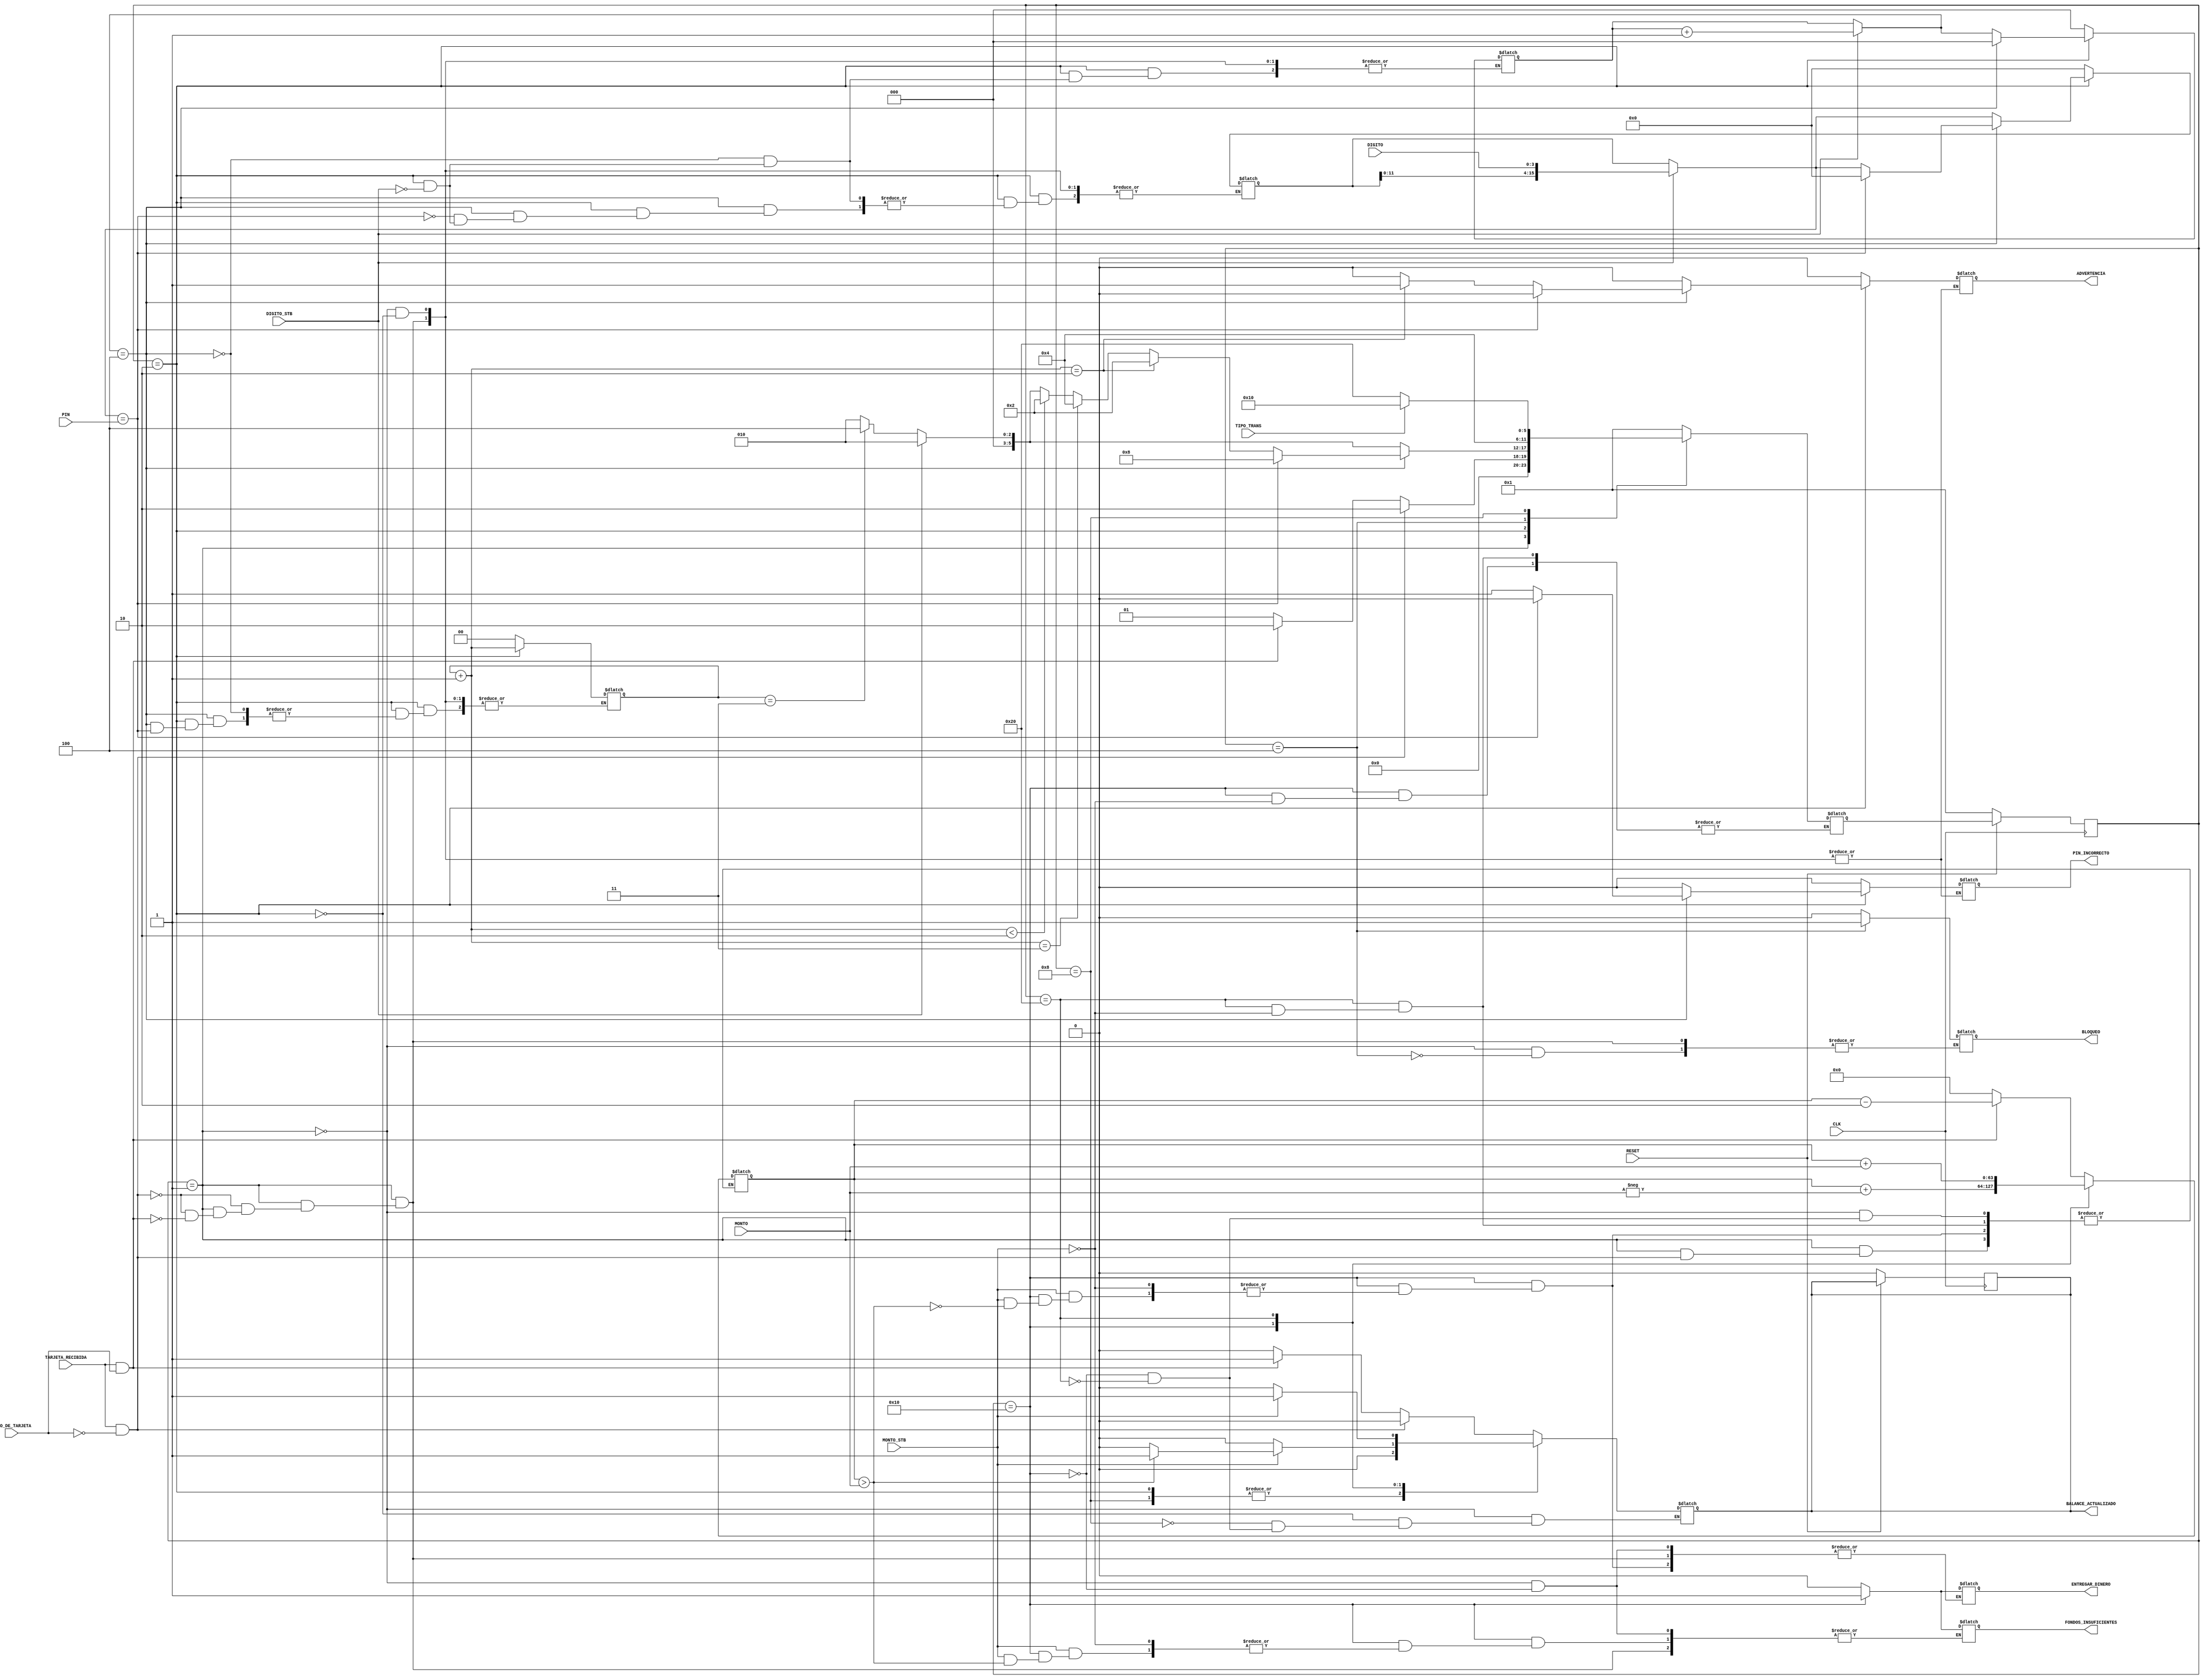
// Declaracin del mdulo y parmetros
module atm //#()
	    (    
	    CLK,
	    RESET,
	    TARJETA_RECIBIDA,
		TIPO_DE_TARJETA,
	    PIN,
	    DIGITO,
	    DIGITO_STB,
	    TIPO_TRANS,
	    MONTO,
	    MONTO_STB,
	    BALANCE_ACTUALIZADO,
	    ENTREGAR_DINERO,
	    FONDOS_INSUFICIENTES,
	    PIN_INCORRECTO,
	    ADVERTENCIA,
	    BLOQUEO
    	    );

// Declaracin de entradas y salidas
input
	CLK,
	RESET,
	TARJETA_RECIBIDA,
	TIPO_DE_TARJETA,
	DIGITO_STB,
	TIPO_TRANS,
	MONTO_STB;
input [15:0] PIN;
input [3:0] DIGITO;
input [31:0] MONTO;

output	reg // Todas las salidas son binarias
	BALANCE_ACTUALIZADO,
	ENTREGAR_DINERO,
	FONDOS_INSUFICIENTES,
	PIN_INCORRECTO,
	ADVERTENCIA,
	BLOQUEO;

// Declaracin de roles para entradas
wire
	CLK,
	RESET,
	TARJETA_RECIBIDA,
	TIPO_DE_TARJETA,
	DIGITO_STB,	// Ser 1 cada vez que se ingrese el monto
	TIPO_TRANS,
	MONTO_STB;	// Ser 1 cada vez que se ingrese un dgito
wire [15:0] PIN;	// Pin correcto dado por la tarjeta
wire [3:0] DIGITO;	// La entrada de dgito es voltil
wire [31:0] MONTO;	// Cantidad a operar en la transaccin




// Declaracin de variables internas
reg [63:0] BALANCE;	// Dinero en la cuenta
reg [1:0] Intentos_PIN;	// Contador de intentos fallidos para verificar la tarjeta
reg [2:0] Contador_PIN;	// Contador de dgitos del pin ingresados al sistema
reg [15:0] PIN_usuario;	// Ping tentativo que digita el usuario

// Declaracin de vectores de estados
reg [5:0] estado_actual;
reg [5:0] prox_estado;

// Definir todos los flip flops
// Se encarga de pasar del estado actual al estado siguiente
always @(posedge CLK) begin
	// La seal de reinicio funciona invertida, si RESET == 1,
	// el cajero funciona bien, caso contrario pasa al estado
	// 6'b000001
	if (~RESET) begin
		estado_actual	<=	6'b000001;
		BALANCE_ACTUALIZADO <= 0;

	end else begin
		estado_actual  	<=	prox_estado;
	end
end



// Lgica combinacional que se encarga
// de la transicin de estados
// El bloque crea flip flops, se usan
// asignaciones no bloqueantes, salvo
// para prox_estado porque esa seal
// se actualiza cada ciclo de reloj
// y ah se usan asignaciones no 
// bloqueantes
always @(*) begin
	case (estado_actual)
		// Estado 0: Esperando tarjeta
		6'b000001:
		begin
			// Se evala si se ingres la tarjeta para pasar
			// o no de estado
			if (TARJETA_RECIBIDA == 1 && TIPO_DE_TARJETA == 0) begin
				// Se ingresa una tarjeta y esta es del bcr
				BALANCE_ACTUALIZADO	=	0;
				ENTREGAR_DINERO		=	0;
				FONDOS_INSUFICIENTES	=	0;
				PIN_INCORRECTO		=	0;
				ADVERTENCIA		=	0;
				BLOQUEO			=	0;
				PIN_usuario		=	0;
				Contador_PIN		=	3'b0;
				Intentos_PIN		=	2'b00;
				// Finalmente, se pasa al estado
				prox_estado	=	6'b000010;

			end else if (TARJETA_RECIBIDA == 1 && TIPO_DE_TARJETA == 1)begin
				// Se recibe una tarjeta de otro banco
				//BALANCE_ACTUALIZADO	=	0;
				ENTREGAR_DINERO		=	0;
				FONDOS_INSUFICIENTES	=	0;
				PIN_INCORRECTO		=	0;
				ADVERTENCIA		=	0;
				BLOQUEO			=	0;
				PIN_usuario		=	0;
				Contador_PIN		=  3'b0;
				Intentos_PIN		=	2'b00;
				//se cobra la comisin
				BALANCE = BALANCE - 2;
				BALANCE_ACTUALIZADO = 1;
				//se pasa al prximo estado
				prox_estado = 6'b000010;
				//prox_estado	=	6'b000001;
				//BALANCE		<=	'0;
			end else begin
				//no hay tarjeta y se queda esperando que se ingrese una
				prox_estado	=	6'b000001;
				BALANCE		=	0;
				BALANCE_ACTUALIZADO = 0;
			end
		end

		// Estado 1: Esperando PIN
		6'b000010:
		begin

			// Se empieza por ingresar el PIN dgito a dgito
			PIN_INCORRECTO = 0;
			ADVERTENCIA = 0;
			BALANCE_ACTUALIZADO = 0;
			if (DIGITO_STB) begin
				// Se concatenan los ltimos dgitos del PIN
				PIN_usuario = {PIN_usuario, DIGITO}; 
				Contador_PIN = Contador_PIN + 1; // Contador_PIN++
				prox_estado = 6'b000010; //sigue esperando el pin
			end else begin
				// Mientras DIGITO_STB est en cero, se
				// mantiene esperando el ingreso
				
				if (Intentos_PIN == 3) begin
					prox_estado = 6'b000100;
				end else prox_estado = 6'b000010;
			end
			
			// Se verifica si la cantidad de dgitos ingresados es
			// 4
			if (Contador_PIN == 4) begin
				// Si hay 4 dgitos, se pasa a verificar si es
				// vlido o no
				if (PIN_usuario == PIN) begin
					// Se borra el pin ingresado
					PIN_usuario = 0;
					Contador_PIN = 0; // Reinicia el contador
					prox_estado = 6'b001000;
				end else begin
					Contador_PIN = 0; // Reinicia el contador
					Intentos_PIN = Intentos_PIN + 1;
					PIN_INCORRECTO = 1;
					//cuenta los intentos en caso de que haya ms de uno,
					//cuando se llega a 2 se despliega la primera advertencia
					if (Intentos_PIN < 2) begin
						prox_estado = 6'b000010;
					end

					if (Intentos_PIN == 2) begin
						ADVERTENCIA = 1;
						prox_estado = 6'b000010;
					end else if (Intentos_PIN == 3) begin
						prox_estado = 6'b000100;
					end 
				end
			end else begin
				// Si hay menos de 4 dgitos ingresados, se
				// mantiene esperando los dems
				prox_estado = prox_estado;
			end
		end
		// Estado 2: Bloqueado
		6'b000100:
		begin
			// Cuando se bloquea,se mantiene bloqueado
			BLOQUEO = 1;
			prox_estado = 6'b000100;
		end
		// Estado 3: Usuario identificado
		6'b001000:
		begin
			BALANCE_ACTUALIZADO = 0;
			// Con el usuario identificado, se pasa a esperar qu
			// tipo de transaccin se desea y se pasa a ella
			if (TIPO_TRANS) begin
				// Se pasa a retiro cuando se ingresa un 1
				prox_estado = 6'b010000;
			end else begin
				// Si se ingresa un 0, se pasa a depsito
				prox_estado = 6'b100000;
			end

		end
		// Estado 4: Retiro: retira dinero del balance, verifica si el
		// monto ingresado es menor al balance de la cuenta
		6'b010000:
		begin
			BALANCE_ACTUALIZADO = 0;
			if (MONTO_STB) begin
				if (BALANCE > MONTO) begin
					//esto sucede cuando el balance es mayor al monto a retirar
					BALANCE = BALANCE + -MONTO;
					BALANCE_ACTUALIZADO = 1;
					ENTREGAR_DINERO = 1;
					prox_estado = 6'b000001;
				end else begin
					//si no hay suficientes fondos se despliega la seal de fondos_insuficientes
					FONDOS_INSUFICIENTES = 1;
					prox_estado = 6'b000001;
				end
			end 
		end
		// Estado 5: Depsito: ingresa dinero al balance
		6'b100000:
		begin
			// Espera a que se digite el monto para realizar la
			// transaccin
			BALANCE_ACTUALIZADO = 0;
			if (MONTO_STB) begin
				BALANCE = BALANCE + MONTO;
				BALANCE_ACTUALIZADO = 1;
				prox_estado = 6'b000001;
			end
		end

		default:
		begin 
			prox_estado = 6'b000001;
		end
	endcase
end

endmodule